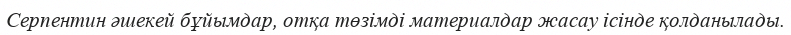
Серпентин әшекей бұйымдар, отқа төзімді материалдар жасау ісінде қолданылады.